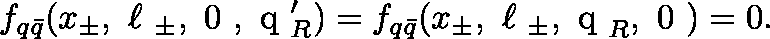
f _ { q \bar { q } } ( x _ { \pm } , \mathrm { \boldmath ~ \ell ~ } _ { \pm } , \mathrm { \boldmath ~ 0 ~ } , \mathrm { \boldmath ~ q ~ } _ { R } ^ { \prime } ) = f _ { q \bar { q } } ( x _ { \pm } , \mathrm { \boldmath ~ \ell ~ } _ { \pm } , \mathrm { \boldmath ~ q ~ } _ { R } , \mathrm { \boldmath ~ 0 ~ } ) = 0 .